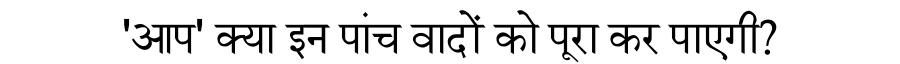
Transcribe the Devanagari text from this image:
'आप' क्या इन पांच वादों को पूरा कर पाएगी?